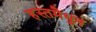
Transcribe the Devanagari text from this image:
हस्‍तमैथुन